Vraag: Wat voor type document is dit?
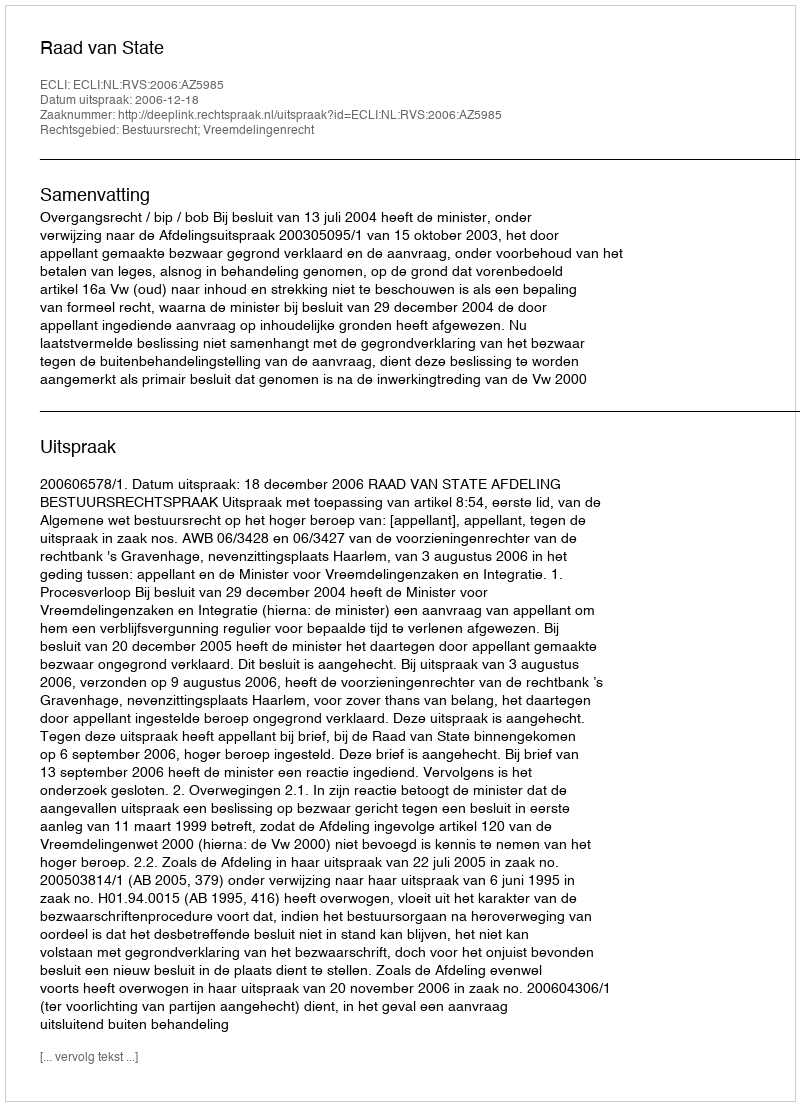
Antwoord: Uitspraak